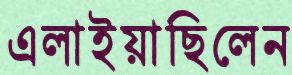
এলাইয়াছিলেন